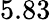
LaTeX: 5.83